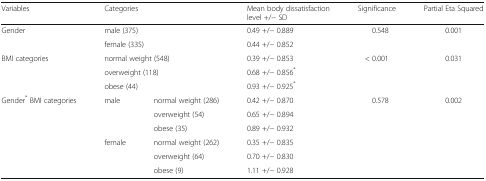
<table><thead><tr><td><b>Variables</b></td><td colspan="2"><b>Categories</b></td><td><b>Mean body dissatisfaction level +/− SD</b></td><td><b>Significance</b></td><td><b>Partial Eta Squared</b></td></tr></thead><tbody><tr><td rowspan="2">Gender</td><td colspan="2">male (375)</td><td>0.49 +/− 0.889</td><td rowspan="2">0.548</td><td rowspan="2">0.001</td></tr><tr><td colspan="2">female (335)</td><td>0.44 +/− 0.852</td></tr><tr><td rowspan="3">BMI categories</td><td colspan="2">normal weight (548)</td><td>0.39 +/− 0.853</td><td rowspan="3">&lt; 0.001</td><td rowspan="3">0.031</td></tr><tr><td colspan="2">overweight (118)</td><td>0.68 +/− 0.856<sup>*</sup></td></tr><tr><td colspan="2">obese (44)</td><td>0.93 +/− 0.925<sup>*</sup></td></tr><tr><td rowspan="6">Gender<sup>*</sup> BMI categories</td><td rowspan="3">male</td><td>normal weight (286)</td><td>0.42 +/− 0.870</td><td rowspan="6">0.578</td><td rowspan="6">0.002</td></tr><tr><td>overweight (54)</td><td>0.65 +/− 0.894</td></tr><tr><td>obese (35)</td><td>0.89 +/− 0.932</td></tr><tr><td rowspan="3">female</td><td>normal weight (262)</td><td>0.35 +/− 0.835</td></tr><tr><td>overweight (64)</td><td>0.70 +/− 0.830</td></tr><tr><td>obese (9)</td><td>1.11 +/− 0.928</td></tr></tbody></table>